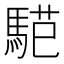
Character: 𱄟